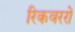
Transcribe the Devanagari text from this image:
रिकवररों